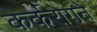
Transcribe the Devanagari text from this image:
कर्करोगने